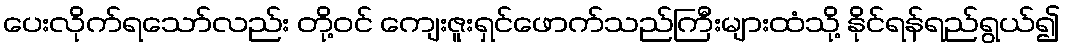
ပေးလိုက်ရသော်လည်း တို့ဝင် ကျေးဇူးရှင်ဖောက်သည်ကြီးများထံသို့ နိုင်ရန်ရည်ရွယ်၍